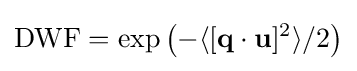
{\text{DWF}}=\exp \left(-\langle [\mathbf {q} \cdot \mathbf {u} ]^{2}\rangle /2\right)